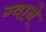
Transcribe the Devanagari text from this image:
ग्वाने